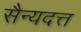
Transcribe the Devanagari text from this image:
सैन्यदत्त